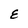
Character: E